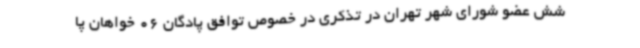
شش عضو شورای شهر تهران در تذکری در خصوص توافق پادگان 06 خواهان پا